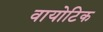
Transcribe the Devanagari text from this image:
वायोटिक